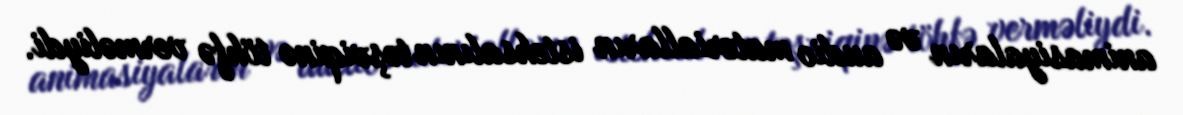
animasiyaların və audio materialların istehsalının təşviqinə töhfə verməliydi.